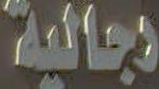
وجالية